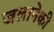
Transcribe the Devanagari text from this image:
जलानेकी